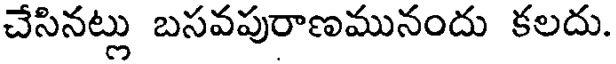
చేసినట్లు బసవపురాణమునందు కలదు.